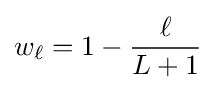
w_{\ell }=1-{\frac {\ell }{L+1}}